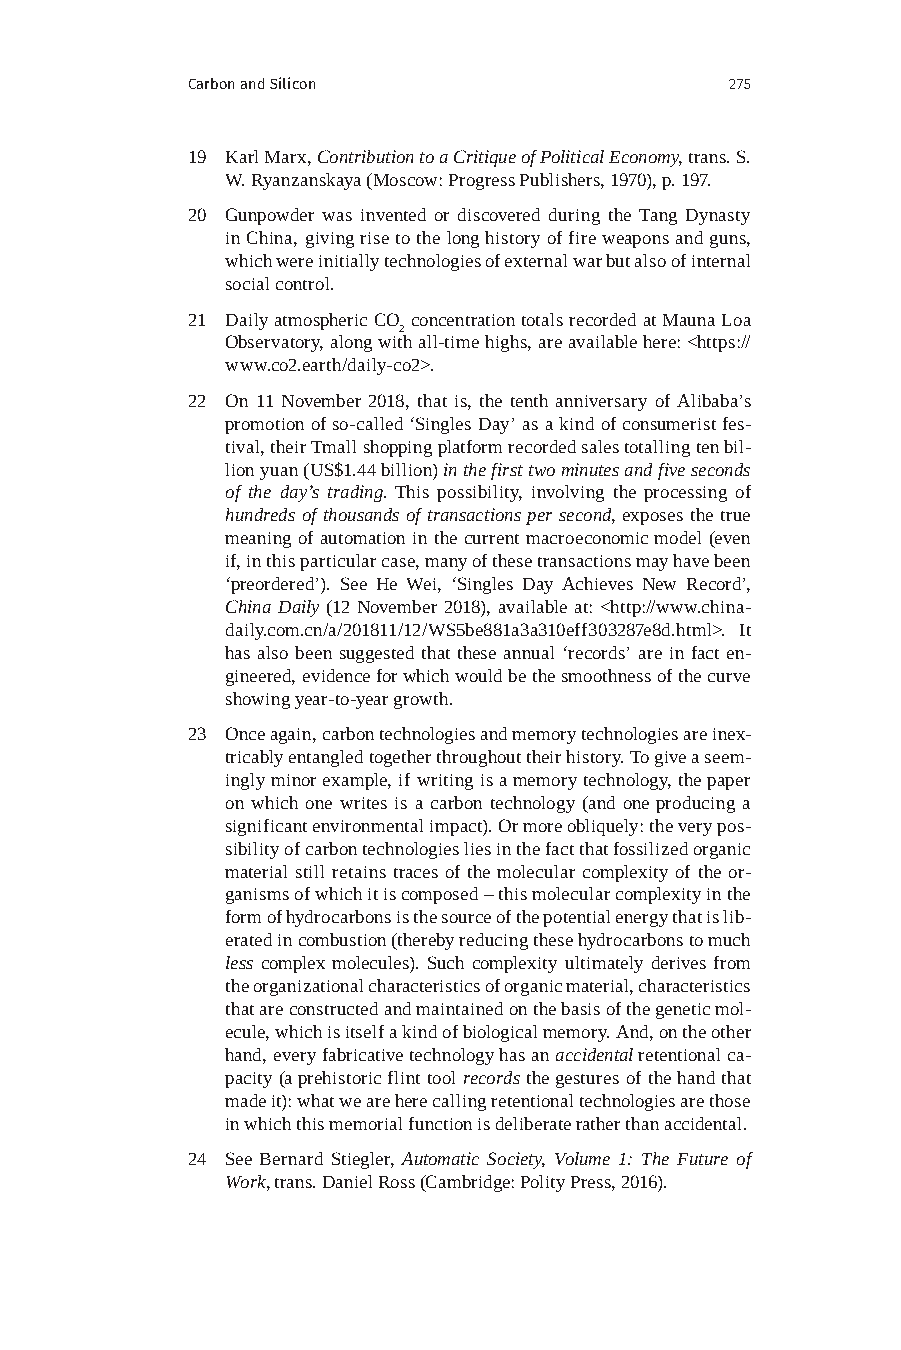
Carbon and Silicon                  275
 19 Karl Marx, Contribution to a Critique of Political Economy, trans. S.
 W. Ryanzanskaya (Moscow: Progress Publishers, 1970), p. 197.
 20 Gunpowder was invented or discovered during the Tang Dynasty
 in China, giving rise to the long history of fire weapons and guns,
 which were initially technologies of external war but also of internal
 social control.
 21 Daily atmospheric CO concentration totals recorded at Mauna Loa
 2
 Observatory, along with all-time highs, are available here: <https://
 www.co2.earth/daily-co2>.
 22 On 11 November 2018, that is, the tenth anniversary of Alibaba’s
 promotion of so-called ‘Singles Day’ as a kind of consumerist fes-
 tival, their Tmall shopping platform recorded sales totalling ten bil-
 lion yuan (US$1.44 billion) in the first two minutes and five seconds
 of the day’s trading. This possibility, involving the processing of
 hundreds of thousands of transactions per second, exposes the true
 meaning of automation in the current macroeconomic model (even
 if, in this particular case, many of these transactions may have been
 ‘preordered’). See He Wei, ‘Singles Day Achieves New Record’,
 China Daily (12 November 2018), available at: <http://www.china-
 daily.com.cn/a/201811/12/WS5be881a3a310eff303287e8d.html>. It
 has also been suggested that these annual ‘records’ are in fact en-
 gineered, evidence for which would be the smoothness of the curve
 showing year-to-year growth.
 23 Once again, carbon technologies and memory technologies are inex-
 tricably entangled together throughout their history. To give a seem-
 ingly minor example, if writing is a memory technology, the paper
 on which one writes is a carbon technology (and one producing a
 significant environmental impact). Or more obliquely: the very pos-
 sibility of carbon technologies lies in the fact that fossilized organic
 material still retains traces of the molecular complexity of the or-
 ganisms of which it is composed – this molecular complexity in the
 form of hydrocarbons is the source of the potential energy that is lib-
 erated in combustion (thereby reducing these hydrocarbons to much
 less complex molecules). Such complexity ultimately derives from
 the organizational characteristics of organic material, characteristics
 that are constructed and maintained on the basis of the genetic mol-
 ecule, which is itself a kind of biological memory. And, on the other
 hand, every fabricative technology has an accidental retentional ca-
 pacity (a prehistoric flint tool records the gestures of the hand that
 made it): what we are here calling retentional technologies are those
 in which this memorial function is deliberate rather than accidental.
 24 See Bernard Stiegler, Automatic Society, Volume 1: The Future of
 Work, trans. Daniel Ross (Cambridge: Polity Press, 2016).